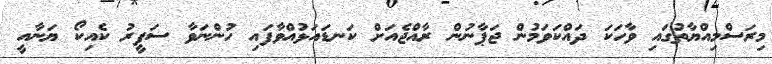
މިރަސްމިއްޔާތުގައި ވާހަކަ ދައްކަވަމުން ޖަޕާނުން ރާއްޖެއަށް ކަނޑައަޅުއްވާފައި ހުންނަވާ ސަފީރު ކެއިކޯ ޔަނާއީ